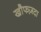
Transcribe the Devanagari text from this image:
खौफज़दा